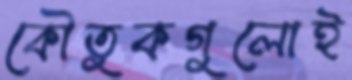
কৌতুকগুলোই